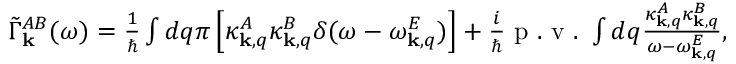
\begin{array} { r } { \tilde { \Gamma } _ { \bf k } ^ { A B } ( \omega ) = \frac { 1 } { \hbar } \int d q \pi \left[ \kappa _ { { \bf k } , q } ^ { A } \kappa _ { { \bf k } , q } ^ { B } \delta ( \omega - \omega _ { { \bf k } , q } ^ { E } ) \right] + \frac { i } { \hbar } \mathrm { ~ p ~ . ~ v ~ . ~ } \int d q \frac { \kappa _ { { \bf k } , q } ^ { A } \kappa _ { { \bf k } , q } ^ { B } } { \omega - \omega _ { { \bf k } , q } ^ { E } } , } \end{array}